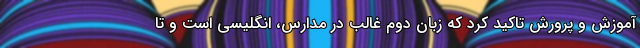
آموزش و پرورش تاکید کرد که زبان دوم غالب در مدارس، انگلیسی است و تا